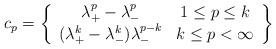
LaTeX: \begin{align*} c_{p} = \left\{\begin{array}{cc} \lambda_{+}^{p} - \lambda_{-}^{p} & 1 \leq p \leq k \\ (\lambda_{+}^{k} - \lambda_{-}^{k})\lambda_{-}^{p-k} & k \leq p < \infty\end{array}\right\}\end{align*}